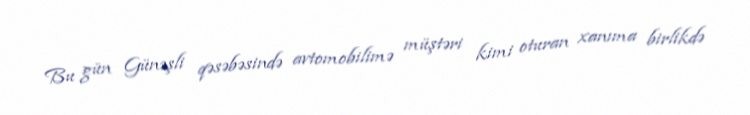
Bu gün Günəşli qəsəbəsində avtomobilimə müştəri kimi oturan xanıma birlikdə